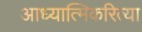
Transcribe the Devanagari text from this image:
आध्यात्मिकरित्या